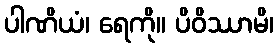
ပါဏိယံ၊ ရေကို။ ပိဝိဿာမိ၊